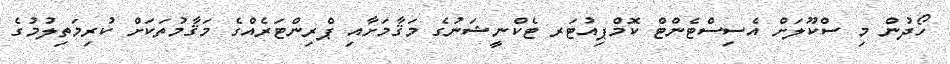
ހޯދުން މި ސްކޫލަށް އެސިސްޓެންޓް ކޮމްޕިއުޓަރ ޓެކްނީޝަނުގެ މަޤާމަށާއި ޕްރިންޓަރެއްގެ މަޤާމުތަކަށް ކުރިމަތިލުމުގެ